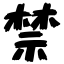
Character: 禁